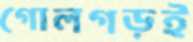
গোলগড়ই